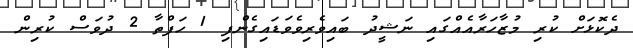
ދެކޮޅަށް ކުރި މުޒާހަރާއެއްގައި ނަޝީދު ބައިވެރިވެވަޑައިގެންފި 1 ހަފްތާ 2 ދުވަސް ކުރިން